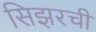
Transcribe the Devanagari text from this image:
सिझरची